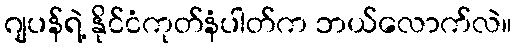
ဂျပန်ရဲ့ နိုင်ငံကုတ်နံပါတ်က ဘယ်လောက်လဲ။